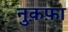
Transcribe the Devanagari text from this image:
नु़क़फ़ा